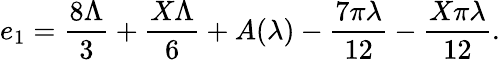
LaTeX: e_{1}={\frac{8\Lambda}{3}}+{\frac{X\Lambda}{6}}+A(\lambda)-{\frac{7\pi\lambda}{12}}-{\frac{X\pi\lambda}{12}}.